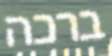
ברכה